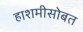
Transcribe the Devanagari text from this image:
हाशमीसोबत